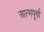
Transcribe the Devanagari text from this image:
आत्मपूर्ण